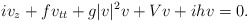
\begin{align*}iv_z+fv_{tt}+g|v|^2v+Vv+ ihv=0.\end{align*}